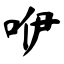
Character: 咿